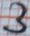
Text: 3